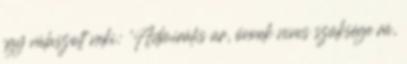
így válaszolt neki: ’Admirális úr, önnek nincs szüksége rá,